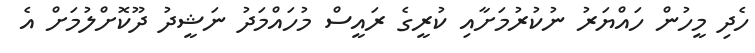
ހެދި މީހުން ހައްޔަރު ނުކުރުމަށާއި ކުރީގެ ރައީސް މުހައްމަދު ނަޝީދު ދޫކޮށްލުމަށް އެ